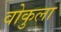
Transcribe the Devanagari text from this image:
वोकुला